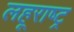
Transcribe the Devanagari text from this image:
लहूराष्ट्र